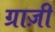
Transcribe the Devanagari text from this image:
ग्राज़ी